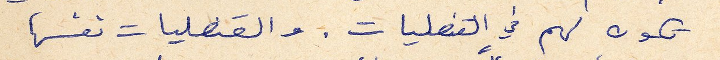
تكون لهم في القنصليات . والقنصليات نفسها